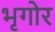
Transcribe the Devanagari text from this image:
भृगोर